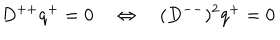
LaTeX: D ^ { + + } q ^ { + } = 0 \quad \Leftrightarrow \quad ( D ^ { -- } ) ^ { 2 } q ^ { + } = 0